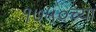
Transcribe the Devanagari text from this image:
१७५०च्या